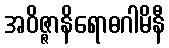
အဝိဇ္ဇာနိရောဓဂါမိနီ